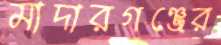
মাদারগঞ্জের